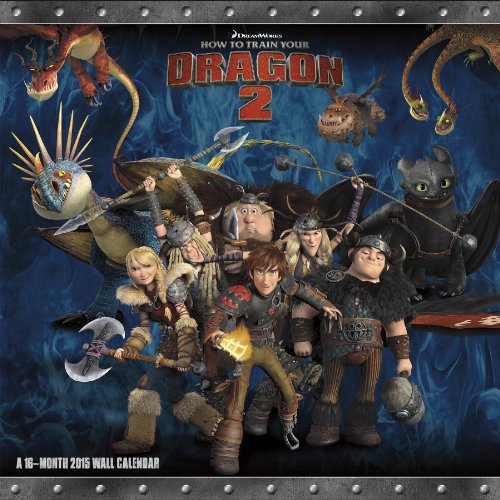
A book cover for How To Train Your Dragon 2 2015 Premium Wall Calendar; Trends International; Calendars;